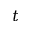
t